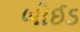
બોઈડ